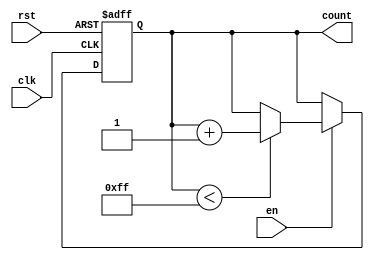
module incremental_counter #(
    parameter MAX_VAL = 255 // Parameter for maximum count value
)(
    input wire clk,          // Clock signal
    input wire rst,          // Asynchronous reset
    input wire en,           // Enable signal
    output reg [7:0] count   // Current count value (8-bit for this example)
);

    // Memory block to store the current count value
    reg [7:0] memory_block; // 8-bit memory block

    // Asynchronous reset and counting logic
    always @(posedge clk or posedge rst) begin
        if (rst) begin
            // Reset the counter to zero
            memory_block <= 8'b0;
        end else if (en) begin
            // Increment the counter if enabled and not at max value
            if (memory_block < MAX_VAL) begin
                memory_block <= memory_block + 1;
            end
            // If memory_block is at max_val, it holds the value
        end
    end

    // Output the current count value
    always @(*) begin
        count = memory_block; // Read current count from memory block
    end

endmodule